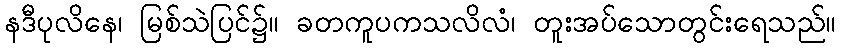
နဒီပုလိနေ၊ မြစ်သဲပြင်၌။ ခတကူပကသလိလံ၊ တူးအပ်သောတွင်းရေသည်။